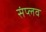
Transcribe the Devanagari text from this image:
संप्लव